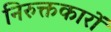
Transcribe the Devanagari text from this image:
निरुक्तकारों